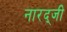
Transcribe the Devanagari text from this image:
नारद्जी